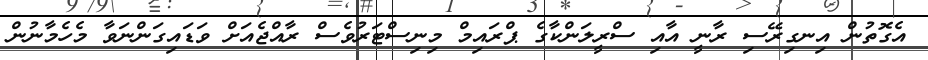
އެގޮތުން އިނގިރޭސި ރާނީ އާއި ސްރީލަންކާގެ ޕްރައިމް މިނިސްޓަރުވެސް ރާއްޖެއަށް ވަޑައިގަންނަވާ މެހެމާނުން